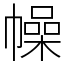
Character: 幧